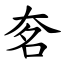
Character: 㚚